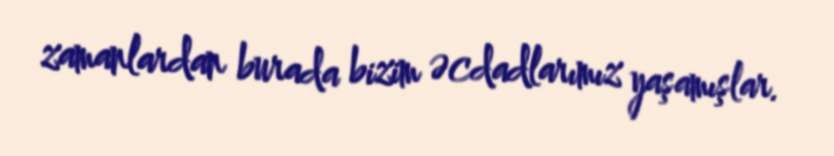
zamanlardan burada bizim əcdadlarımız yaşamışlar.